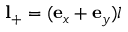
\mathbf { l } _ { + } = ( \mathbf { e } _ { x } + \mathbf { e } _ { y } ) l